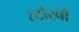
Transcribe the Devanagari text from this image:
स्टोरबो